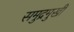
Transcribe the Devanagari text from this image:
समुद्रमुखी